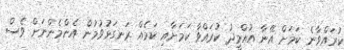
ކުރައްވާނެ ކަމަށް އޭނާ އުއްމީދު ކުރައްވާ ކަމަށާއި ކަމެއް ރަނގަޅުވުމުން އެންމެންނަށް ވެސް